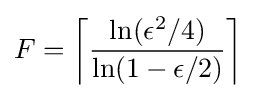
F=\left\lceil {\frac {\ln(\epsilon ^{2}/4)}{\ln(1-\epsilon /2)}}\right\rceil